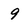
Character: 9